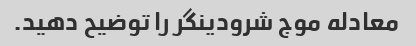
معادله موج شرودینگر را توضیح دهید.